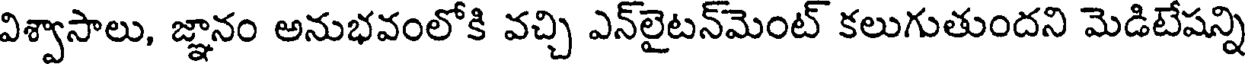
విశ్వాసాలు, జ్ఞానం అనుభవంలోకి వచ్చి ఎన్లైటన్మెంట్ కలుగుతుందని మెడిటేషన్ని